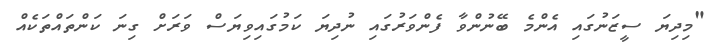
"މިދިޔަ ސީޒަނުގައި އެންމެ ބޭނުންވާ ފެންވަރުގައި ނުދިޔަ ކަމުގައިވިޔަސް ވަރަށް ގިނަ ކަންތައްތަކެއް